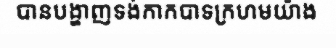
បានបង្ហាញទង់កាកបាទក្រហមយ៉ាង